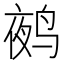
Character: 𲍿